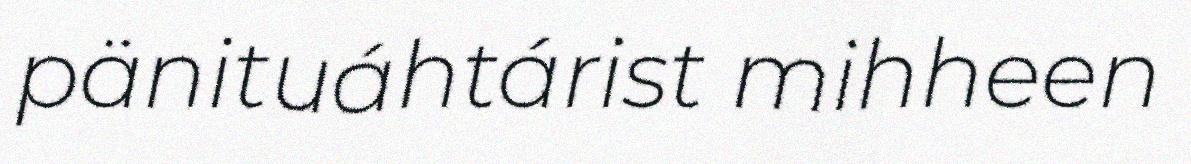
pänituáhtárist mihheen